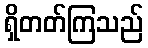
ရှိတတ်ကြသည်